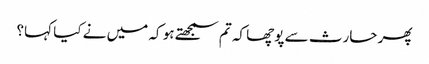
پھر حارث سے پوچھا کہ تم سمجھتے ہو کہ میں نے کیا کہا؟